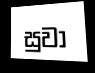
සුවා